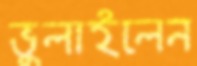
ভুলাইলেন